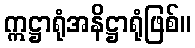
ဣဋ္ဌာရုံအနိဋ္ဌာရုံဖြစ်။